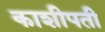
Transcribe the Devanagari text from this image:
काशीपती